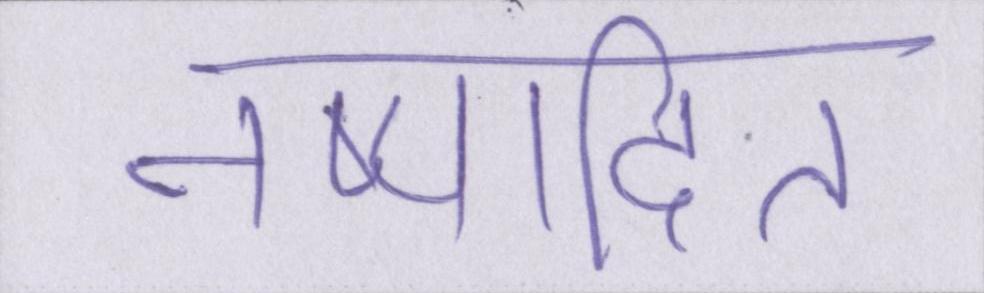
निष्पादित